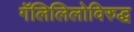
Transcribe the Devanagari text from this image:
गॅलिलिलोविरुद्ध